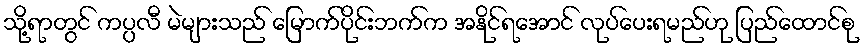
သို့ရာတွင် ကပ္ပလီ မဲများသည် မြောက်ပိုင်းဘက်က အနိုင်ရအောင် လုပ်ပေးရမည်ဟု ပြည်ထောင်စု